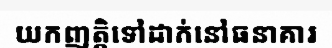
យកញត្តិទៅដាក់នៅធនាគារ